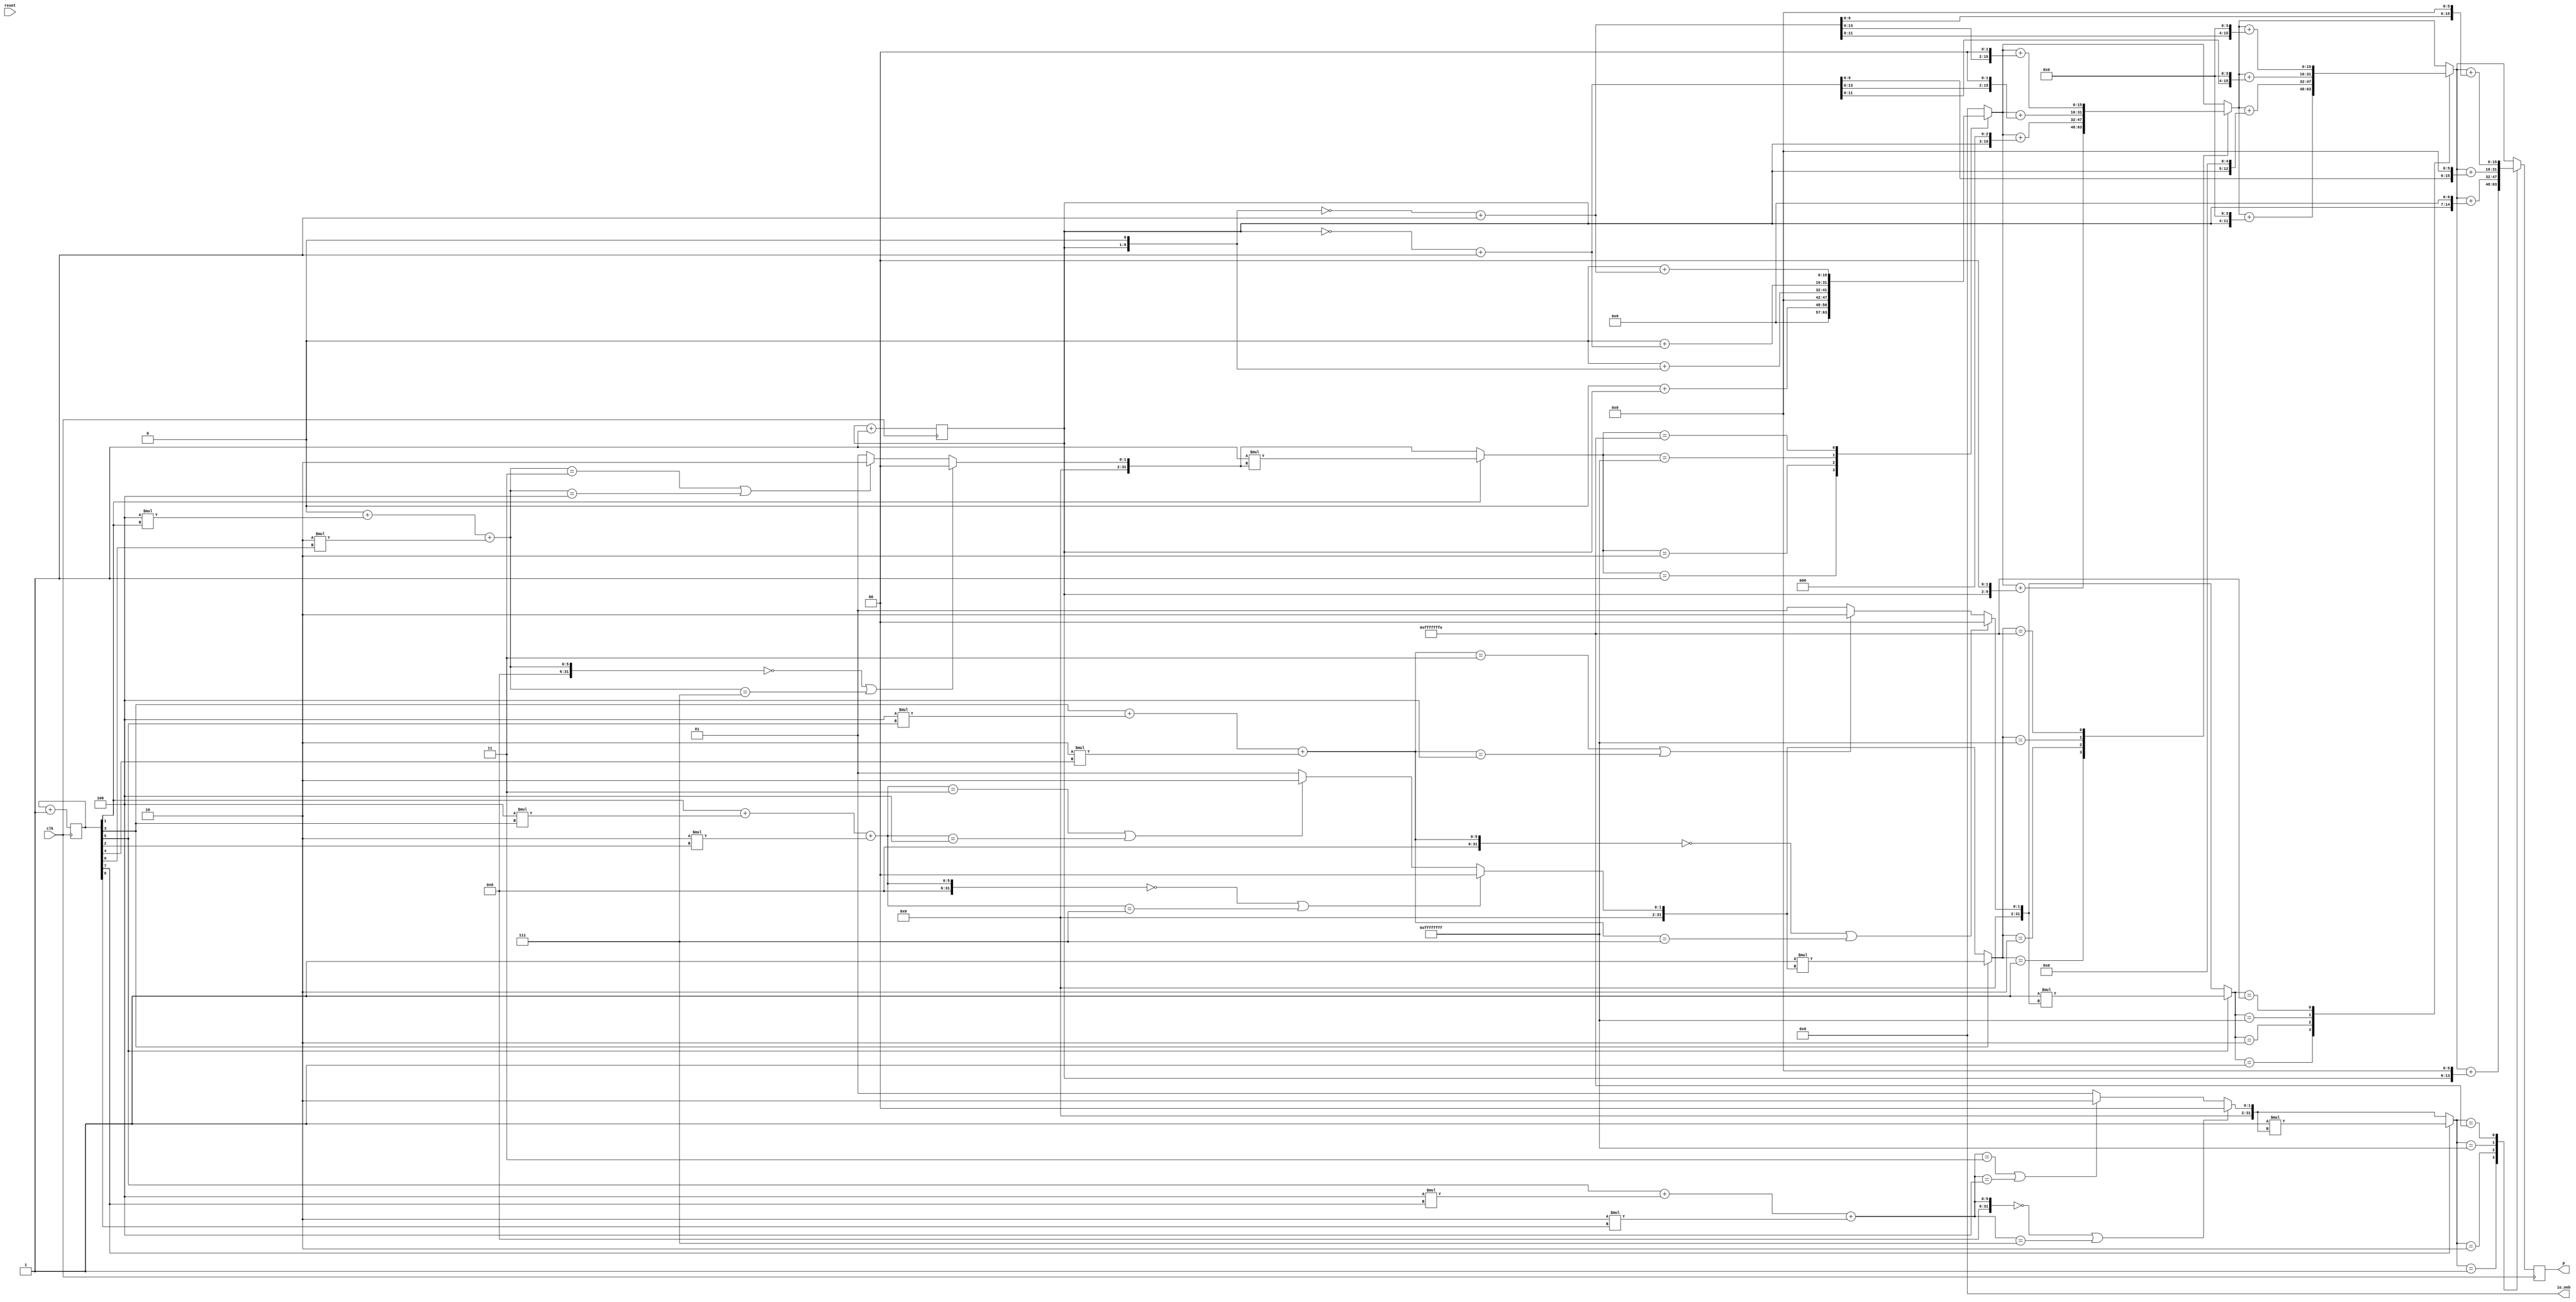
module MBA_module( //`ifdef USE_POWER_PINS 
//inout vdda1,	// User area 1 3.3V supply
//inout vssd1,	// User area 1 digital ground 
//`endif

output [15:0]p,
input reset,
input clk, 
output wire [15:0]io_oeb
);

    assign io_oeb= 16'b0000000000000000;
    
    
    reg [15:0] p, ans;
    reg [7:0]  a, b;

    integer i, lookup_tbl;
    integer operate;

    initial
    begin
        p=16'b0;
        a=8'b0;
        b=8'b0;
        ans=16'b0;
    end

    always @(posedge clk)
    begin
        a<=a+1;
        b<=b+1;
    end 
    always @(negedge clk)
    begin
        p=16'b0;
        for(i=1;i<=7;i=i+2)
        begin
            if(i==1)
                lookup_tbl = 0;
            else
                lookup_tbl = b[i-2];

            lookup_tbl = lookup_tbl + 4*b[i] + 2*b[i-1]; 

            if(lookup_tbl == 0 || lookup_tbl == 7)
                operate = 0;
            else if(lookup_tbl == 3 || lookup_tbl == 4)
                operate = 2;
            else
                operate = 1;
            if(b[i] == 1)
                operate = -1*operate;

            case(operate)
            1:
                begin
                    ans=a;
                    ans=ans<<(i-1);
                    p=p+ans;
                end
            2:
                begin
                    ans=a<<1;
                    ans=ans<<(i-1);
                    p=p+ans;
                end
            -1:
                begin
                    ans=~a+1;
                    ans=ans<<(i-1);
                    p=p+ans;
                end
            -2:
                begin
                    ans=a<<1;
                    ans=~ans+1;
                    ans=ans<<(i-1);
                    p=p+ans;
                end
            endcase
        end
    end
endmodule